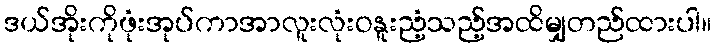
ဒယ်အိုးကိုဖုံးအုပ်ကာအာလူးလုံးဝနူးညံ့သည့်အထိမျှတည်ထားပါ။